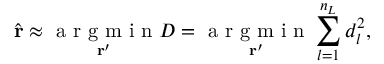
\hat { \mathbf { r } } \approx \underset { \mathbf { r } ^ { \prime } } { \mathrm { ~ a ~ r ~ g ~ m ~ i ~ n ~ } } D = \underset { \mathbf { r } ^ { \prime } } { \mathrm { ~ a ~ r ~ g ~ m ~ i ~ n ~ } } \sum _ { l = 1 } ^ { n _ { L } } d _ { l } ^ { 2 } ,